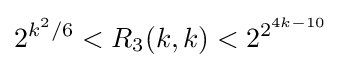
2^{k^{2}/6}<R_{3}(k,k)<2^{2^{4k-10}}